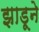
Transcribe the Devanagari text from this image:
झाडूने